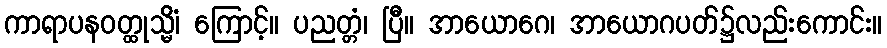
ကာရာပနဝတ္ထုသ္မိံ၊ ကြောင့်။ ပညတ္တံ၊ ပြီ။ အာယောဂေ၊ အာယောဂပတ်၌လည်းကောင်း။